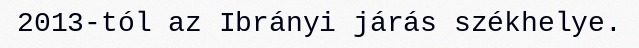
2013-tól az Ibrányi járás székhelye.